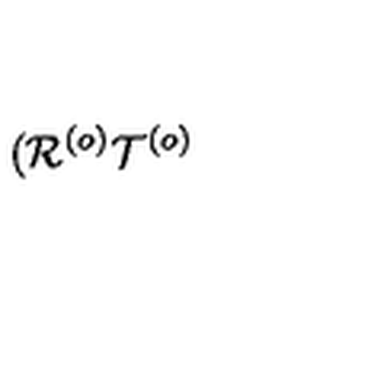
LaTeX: ( \mathcal { R } ^ { \left( o \right) } \mathcal { T } ^ { \left( o \right) }